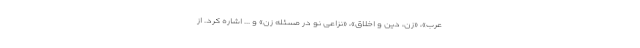
عرب»، «زن، دین و اخلاق»، «نزاعی نو در مسئله زن» و ... اشاره کرد. از